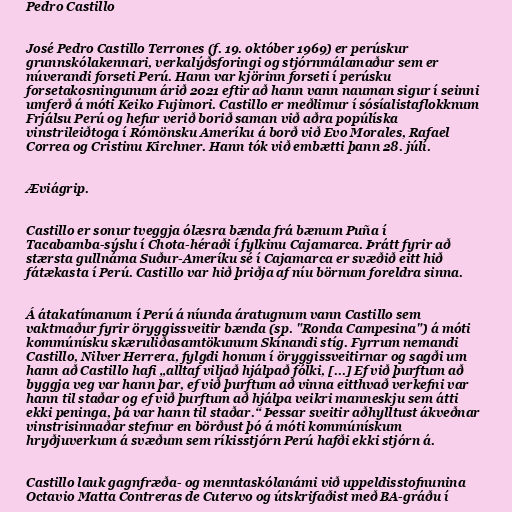
Pedro Castillo

José Pedro Castillo Terrones (f. 19. október 1969) er perúskur
grunnskólakennari, verkalýðsforingi og stjórnmálamaður sem er
núverandi forseti Perú. Hann var kjörinn forseti í perúsku
forsetakosningunum árið 2021 eftir að hann vann nauman sigur í seinni
umferð á móti Keiko Fujimori. Castillo er meðlimur í sósíalistaflokknum
Frjálsu Perú og hefur verið borið saman við aðra popúlíska
vinstrileiðtoga í Rómönsku Ameríku á borð við Evo Morales, Rafael
Correa og Cristinu Kirchner. Hann tók við embætti þann 28. júlí.

Æviágrip.

Castillo er sonur tveggja ólæsra bænda frá bænum Puña í
Tacabamba-sýslu í Chota-héraði í fylkinu Cajamarca. Þrátt fyrir að
stærsta gullnáma Suður-Ameríku sé í Cajamarca er svæðið eitt hið
fátækasta í Perú. Castillo var hið þriðja af níu börnum foreldra sinna.

Á átakatímanum í Perú á níunda áratugnum vann Castillo sem
vaktmaður fyrir öryggissveitir bænda (sp. "Ronda Campesina") á móti
kommúnísku skæruliðasamtökunum Skínandi stíg. Fyrrum nemandi
Castillo, Nilver Herrera, fylgdi honum í öryggissveitirnar og sagði um
hann að Castillo hafi „alltaf viljað hjálpað fólki, [...] Ef við þurftum að
byggja veg var hann þar, ef við þurftum að vinna eitthvað verkefni var
hann til staðar og ef við þurftum að hjálpa veikri manneskju sem átti
ekki peninga, þá var hann til staðar.“ Þessar sveitir aðhylltust ákveðnar
vinstrisinnaðar stefnur en börðust þó á móti kommúnískum
hryðjuverkum á svæðum sem ríkisstjórn Perú hafði ekki stjórn á.

Castillo lauk gagnfræða- og menntaskólanámi við uppeldisstofnunina
Octavio Matta Contreras de Cutervo og útskrifaðist með BA-gráðu í